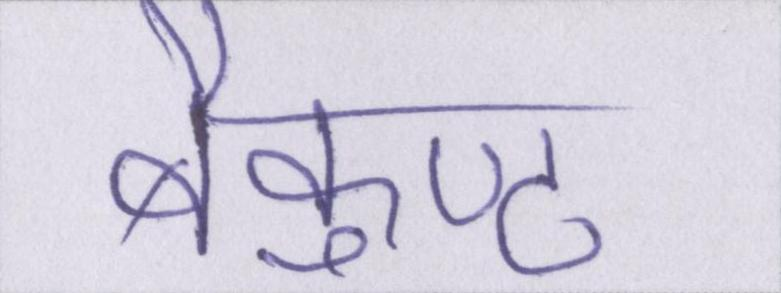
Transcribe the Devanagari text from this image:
बैकुण्ठ